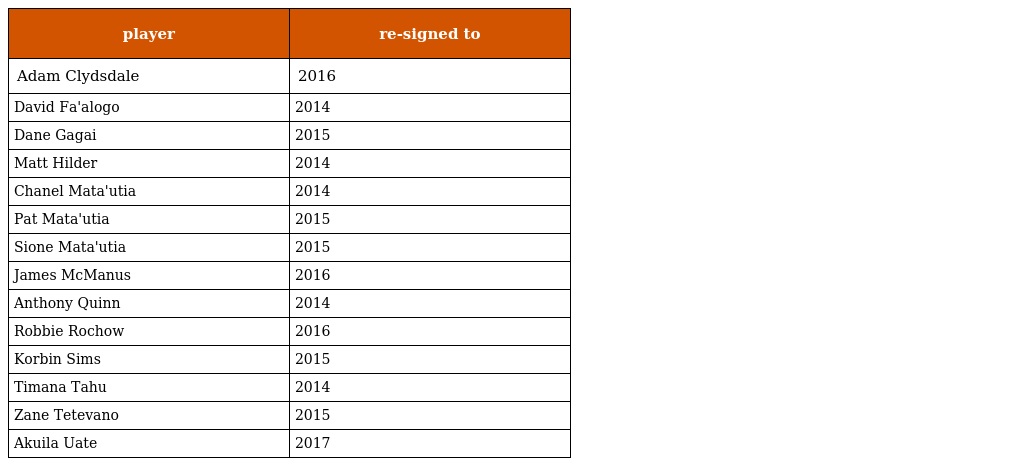
| player | re-signed to |
 | --- | --- |
 | Adam Clydsdale | 2016 |
 | David Fa'alogo | 2014 |
 | Dane Gagai | 2015 |
 | Matt Hilder | 2014 |
 | Chanel Mata'utia | 2014 |
 | Pat Mata'utia | 2015 |
 | Sione Mata'utia | 2015 |
 | James McManus | 2016 |
 | Anthony Quinn | 2014 |
 | Robbie Rochow | 2016 |
 | Korbin Sims | 2015 |
 | Timana Tahu | 2014 |
 | Zane Tetevano | 2015 |
 | Akuila Uate | 2017 |